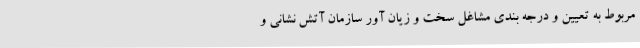
مربوط به تعیین و درجه بندی مشاغل سخت و زیان آور سازمان آتش نشانی و